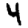
Digit: 4